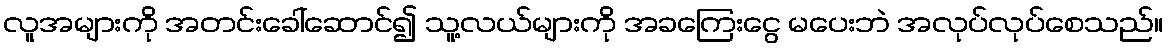
လူအများကို အတင်းခေါ်ဆောင်၍ သူ့လယ်များကို အခကြေးငွေ မပေးဘဲ အလုပ်လုပ်စေသည်။